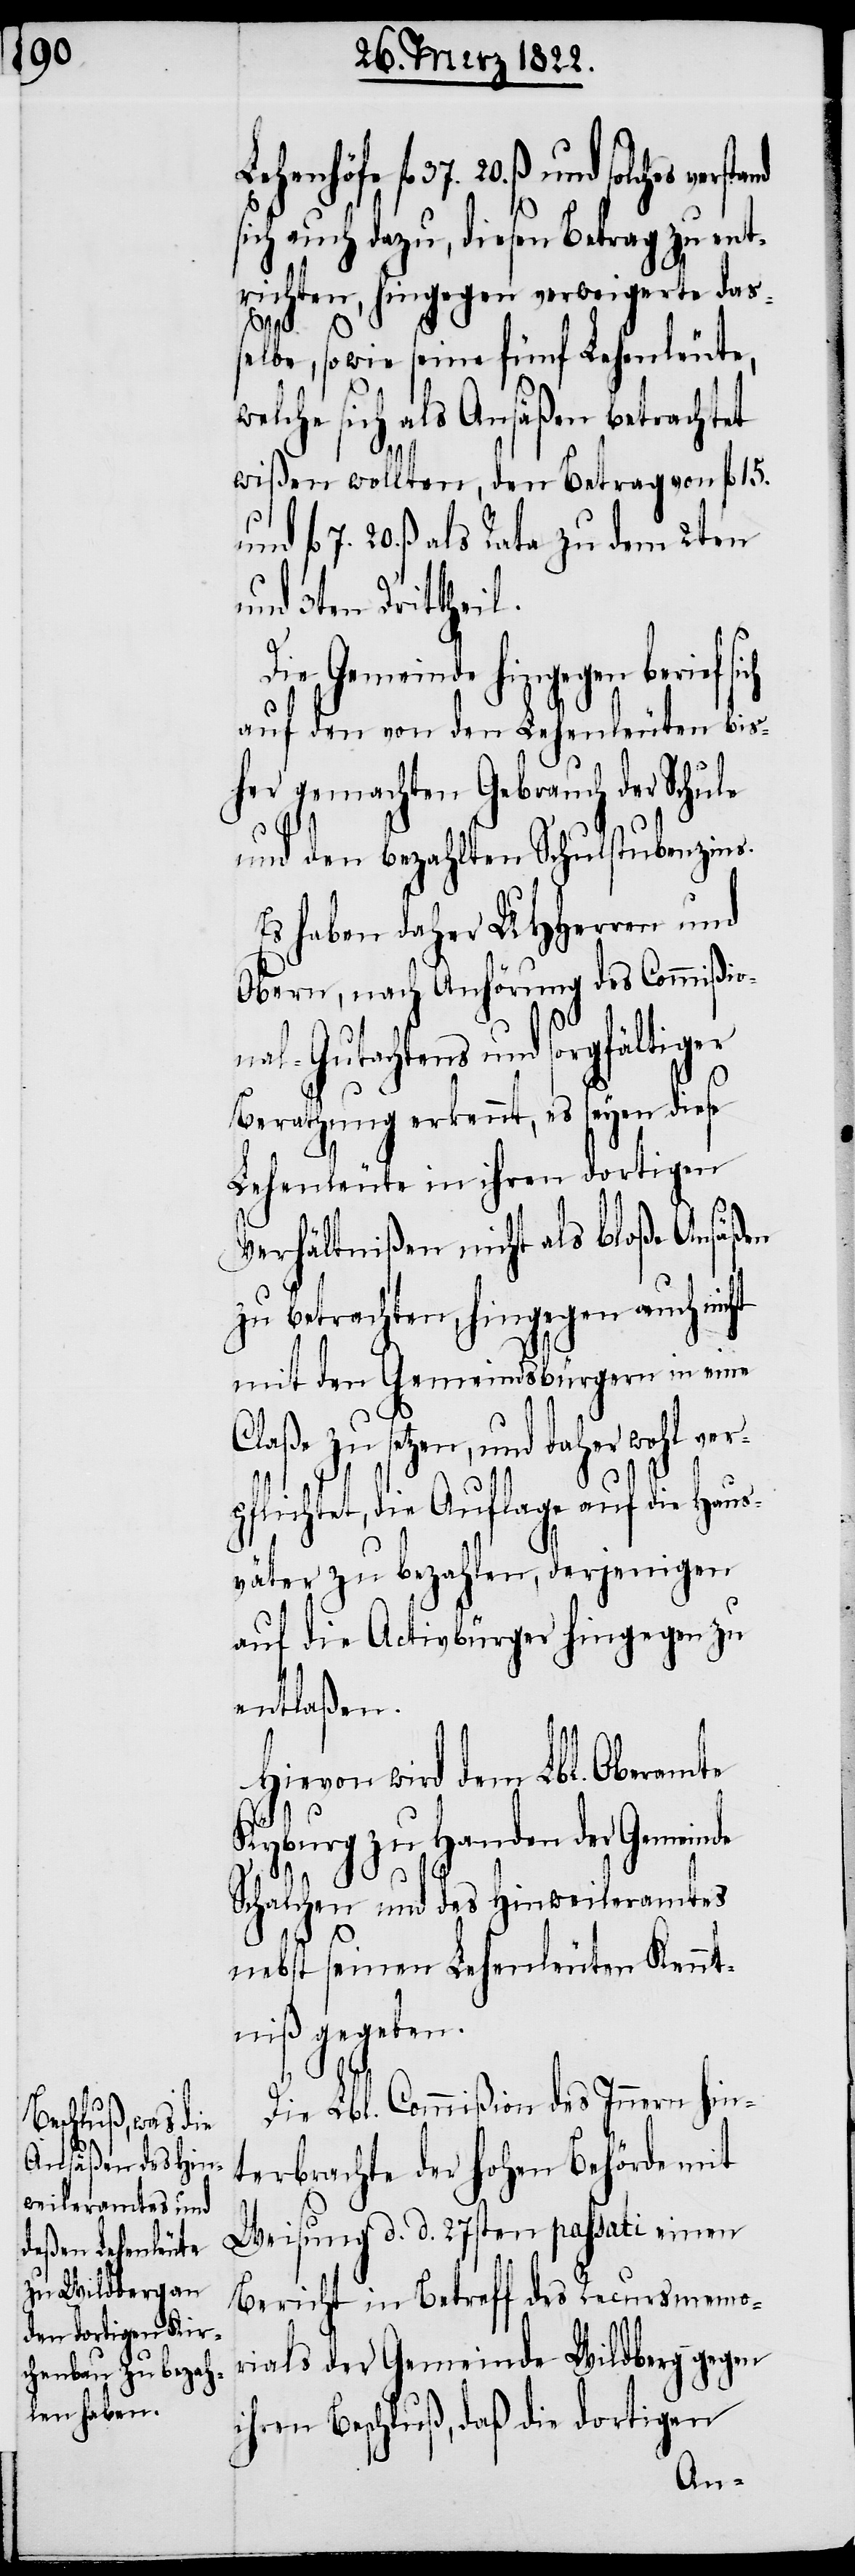
Lehenhöfe fl. 37. 20. ß und solc¬
er¬
sich auch dazu, diesen Betrag zu ent¬
richten, hingegen verweigerte das¬
selbe, sowie seine fünf Lehenleute,
welche sich als Anäßen betrachtet
wißen wollten, den Betrag von fl.
7. 20. ß als Rata zu dem 2ten
und 3ten Drittheil.
Die Gemeinde hingegen berief
auf den von den Lehenleuten bis¬
her gemachten Gebrauch der Schule
und den bezahlten Schulstubenzins.
Es haben daher UHHerren und
Obern, nach Anhörung des Commißio¬
nal-Gutachtens und sorgfältiger
Berathung erkennt, es seyen diese
Lehenleute in ihren dortigen
Verhältnißen nicht als bloße Ansäßen
zu betrachten, hingegen auch nicht
mit den Gemeindsbürgern in eine
zu setzen, und daher wohl v¬
pflichtet, die Auflage auf die Haus¬
väter zu bezahlen, derjenigen
auf die Activbürger hingegen zu
entlaßen.
Hievon wird dem Lbl. Oberamte
Kyburg zu Handen der Gemeinde
Schalchen und des Hinweileramtes
nebst seinen Lehenleuten Kennt¬
niß gegeben.
Die Lbl. Commißion des Innern hin¬
terbrachte der hohen Behörde mit
Weisung d. d. 27sten passati einen
Bericht in Betreff des Recursmemo¬
rials der Gemeinde Wildberg gegen
ihren Beschluß, daß die dortigen